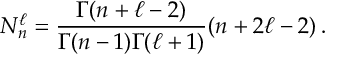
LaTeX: N _ { n } ^ { \ell } = \frac { \Gamma ( n + \ell - 2 ) } { \Gamma ( n - 1 ) \Gamma ( \ell + 1 ) } ( n + 2 \ell - 2 ) \, .